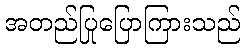
အတည်ပြုပြောကြားသည်